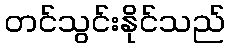
တင်သွင်းနိုင်သည်